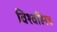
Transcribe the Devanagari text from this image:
विश्वह्मित्र